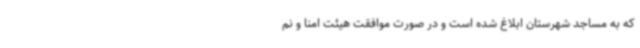
که به مساجد شهرستان ابلاغ شده است و در صورت موافقت هیئت امنا و نم